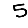
Digit: 5